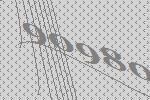
90980